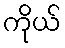
ကိုယ်